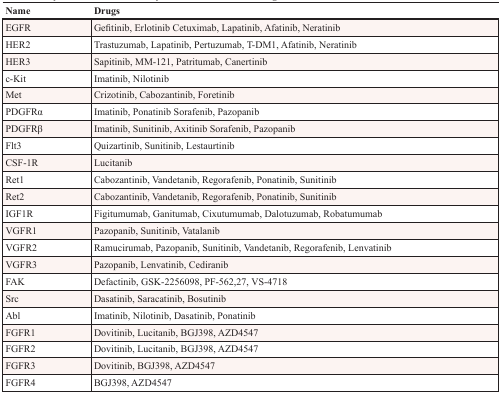
| Name | Drugs |
 | --- | --- |
 | EGFR | Gefitinib, Erlotinib Cetuximab, Lapatinib, Afatinib, Neratinib |
 | HER2 | Trastuzumab, Lapatinib, Pertuzumab, T-DM1, Afatinib, Neratinib |
 | HER3 | Sapitinib, MM-121, Patritumab, Canertinib |
 | c-Kit | Imatinib, Nilotinib |
 | Met | Crizotinib, Cabozantinib, Foretinib |
 | PDGFRα | Imatinib, Ponatinib Sorafenib, Pazopanib |
 | PDGFRβ | Imatinib, Sunitinib, Axitinib Sorafenib, Pazopanib |
 | Flt3 | Quizartinib, Sunitinib, Lestaurtinib |
 | CSF-1R | Lucitanib |
 | Ret1 | Cabozantinib, Vandetanib, Regorafenib, Ponatinib, Sunitinib |
 | Ret2 | Cabozantinib, Vandetanib, Regorafenib, Ponatinib, Sunitinib |
 | IGF1R | Figitumumab, Ganitumab, Cixutumumab, Dalotuzumab, Robatumumab |
 | VGFR1 | Pazopanib, Sunitinib, Vatalanib |
 | VGFR2 | Ramucirumab, Pazopanib, Sunitinib, Vandetanib, Regorafenib, Lenvatinib |
 | VGFR3 | Pazopanib, Lenvatinib, Cediranib |
 | FAK | Defactinib, GSK-2256098, PF-562,27, VS-4718 |
 | Src | Dasatinib, Saracatinib, Bosutinib |
 | Abl | Imatinib, Nilotinib, Dasatinib, Ponatinib |
 | FGFR1 | Dovitinib, Lucitanib, BGJ398, AZD4547 |
 | FGFR2 | Dovitinib, Lucitanib, BGJ398, AZD4547 |
 | FGFR3 | Dovitinib, BGJ398, AZD4547 |
 | FGFR4 | BGJ398, AZD4547 |